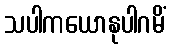
သပါကယောနုပါဂမိံ